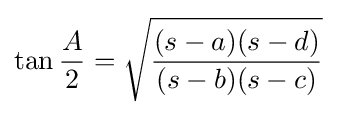
\tan {\frac {A}{2}}={\sqrt {\frac {(s-a)(s-d)}{(s-b)(s-c)}}}